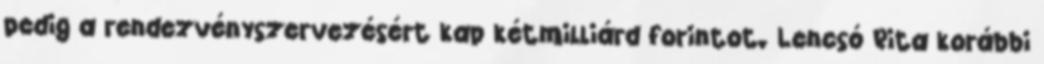
pedig a rendezvényszervezésért kap kétmilliárd forintot. Lencsó Rita korábbi